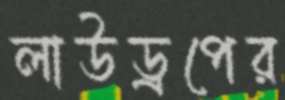
লাউড্রপের